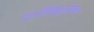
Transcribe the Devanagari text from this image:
प्रागौतिहासिक